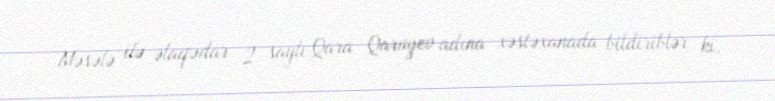
Məsələ ilə əlaqədar 2 saylı Qara Qarayev adına xəstəxanada bildiriblər ki,